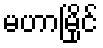
မဟာမြိုင်